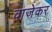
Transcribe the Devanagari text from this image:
वाजेकर